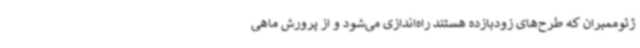
ژئوممبران که طرح‌های زودبازده هستند راه‌اندازی می‌شود و از پرورش ماهی